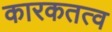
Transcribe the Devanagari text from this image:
कारकतत्व